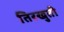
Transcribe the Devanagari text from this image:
तिरखुती